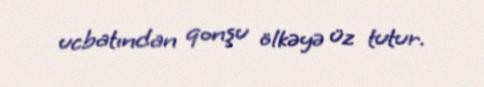
ucbatından qonşu ölkəyə üz tutur.